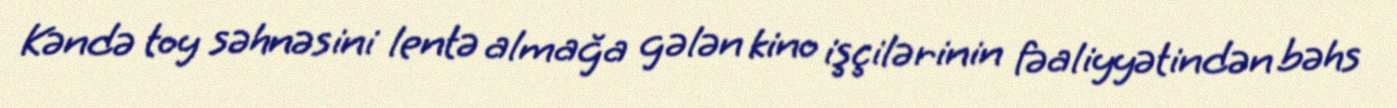
Kəndə toy səhnəsini lentə almağa gələn kino işçilərinin fəaliyyətindən bəhs